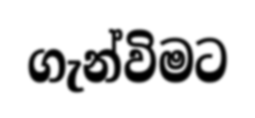
ගැන්විමට